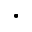
\cdot